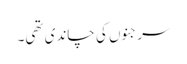
سرجنوں کی چاندی تھی۔